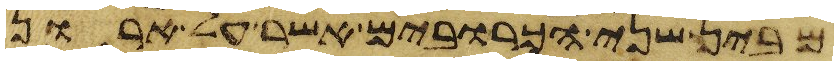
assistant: מבין שני הכרובים אשר על ארון